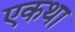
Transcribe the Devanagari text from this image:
एकथा